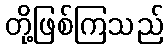
တို့ဖြစ်ကြသည်